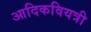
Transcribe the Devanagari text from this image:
आदिकवियत्री